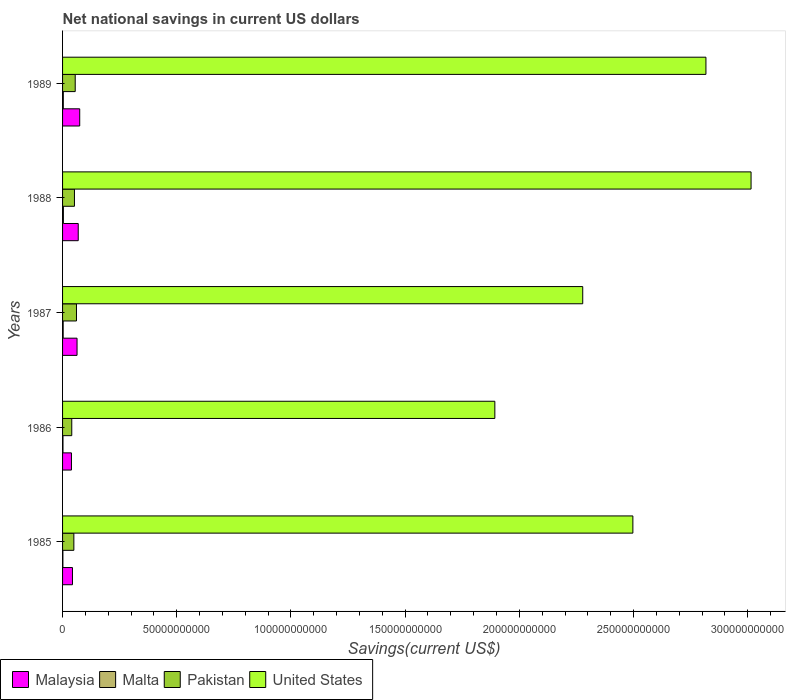
| Years | Malaysia | Malta | Pakistan | United States |
 | --- | --- | --- | --- | --- |
 | 1985 | 4.33e+09 | 1.41e+08 | 4.95e+09 | 2.5e+11 |
 | 1986 | 3.89e+09 | 1.83e+08 | 4.03e+09 | 1.89e+11 |
 | 1987 | 6.34e+09 | 2.65e+08 | 6.09e+09 | 2.28e+11 |
 | 1988 | 6.86e+09 | 3.62e+08 | 5.2e+09 | 3.01e+11 |
 | 1989 | 7.51e+09 | 3.23e+08 | 5.54e+09 | 2.82e+11 |